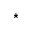
\star